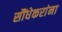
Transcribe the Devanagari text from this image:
सौंधेकरांना